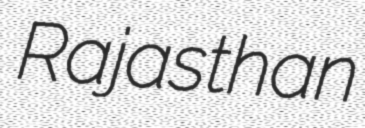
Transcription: Rajasthan